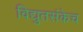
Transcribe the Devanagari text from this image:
विद्युतसंकेच